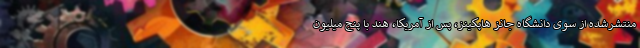
منتشرشده از سوی دانشگاه جانز هاپکینز، پس از آمریکا، هند با پنج میلیون